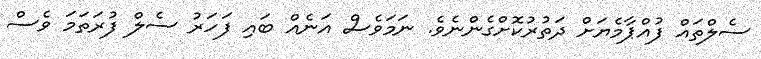
ސެލްތައް ފުއްޕާމެޔަށް ދަތުރުކޮށްގެންނެވެ. ނަމަވެސް އަނެއް ބައި ފަހަރު ސެލް ފުރަތަމަ ވެސް